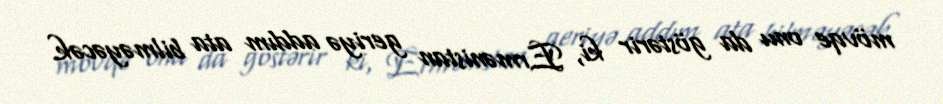
mövqe onu da göstərir ki, Ermənistan geriyə addım ata bilməyəcək.